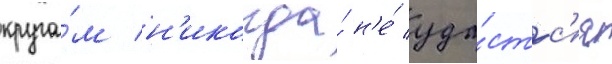
круга́м н'икогда́ н'е́ уда́стс'я